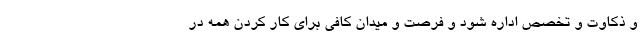
و ذکاوت و تخصص اداره شود و فرصت و میدان کافی برای کار کردن همه در